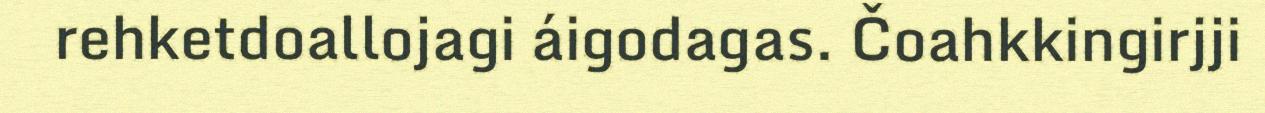
rehketdoallojagi áigodagas. Čoahkkingirjji